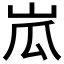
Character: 𱛘